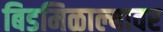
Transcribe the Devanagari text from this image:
बिडमिळाल्यावर